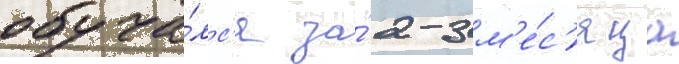
обуча́лс'я за́ 2-3 м'е́с'яца